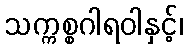
သက္ကစ္စဂါရဝါနှင့်၊